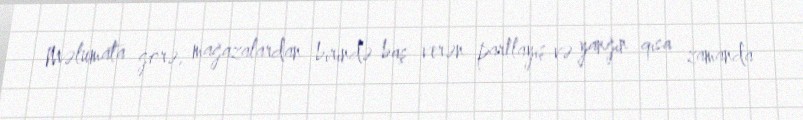
Məlumata görə, mağazalardan birində baş verən partlayış və yanğın qısa zamanda